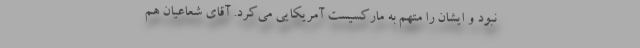
نبود و ایشان را متهم به ماركسیست آمریكایی می‌کرد. آقای شعاعیان هم